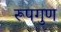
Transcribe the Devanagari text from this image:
रूपगुण